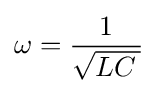
\omega ={\frac {1}{\sqrt {LC\,}}}~